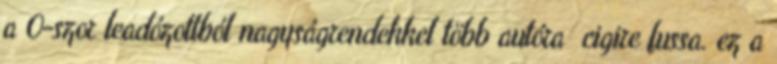
a 0-szor leadózottból nagyságrendekkel több autóra cigire fussa. ez a